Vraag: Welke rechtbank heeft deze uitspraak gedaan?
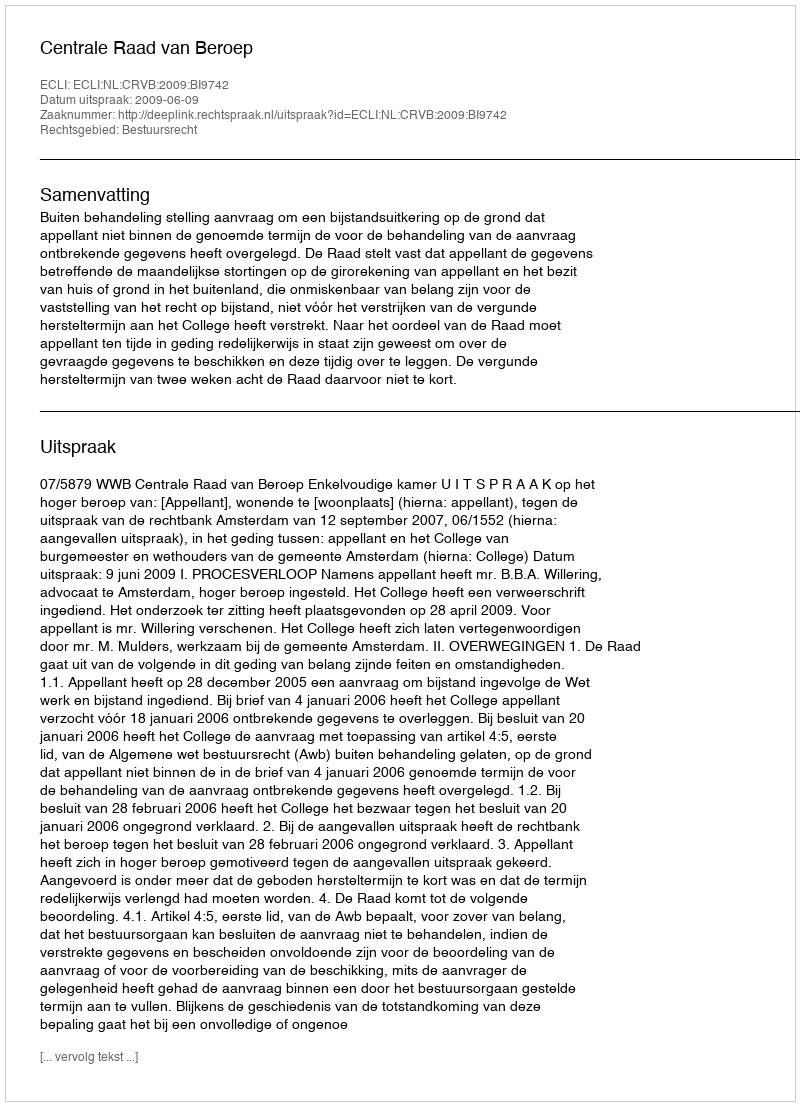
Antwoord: Centrale Raad van Beroep